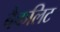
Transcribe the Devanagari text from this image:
बैकलिट